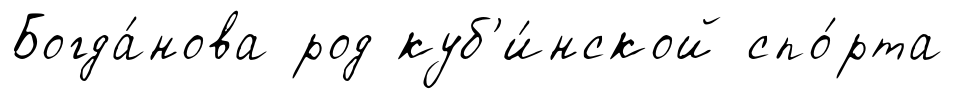
Богда́нова род куб'и́нской спо́рта